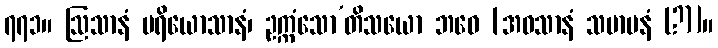
၇၇၁။ ဩသာနံ ပရိယောသာနံ၊ ဥက္ကံသော’တိသယော ဘဝေ [အဝသာနံ သမာပနံ (?)]။